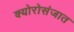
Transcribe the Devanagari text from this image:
क्योरोसंजात